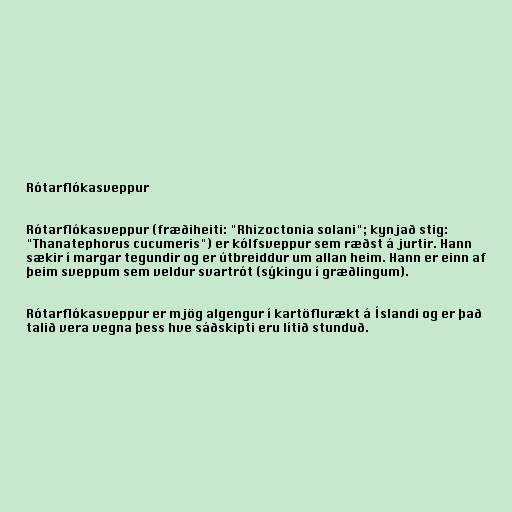
Rótarflókasveppur

Rótarflókasveppur (fræðiheiti: "Rhizoctonia solani"; kynjað stig:
"Thanatephorus cucumeris") er kólfsveppur sem ræðst á jurtir. Hann
sækir í margar tegundir og er útbreiddur um allan heim. Hann er einn af
þeim sveppum sem veldur svartrót (sýkingu í græðlingum).

Rótarflókasveppur er mjög algengur í kartöflurækt á Íslandi og er það
talið vera vegna þess hve sáðskipti eru lítið stunduð.